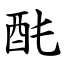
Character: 䣨